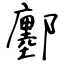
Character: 鄽